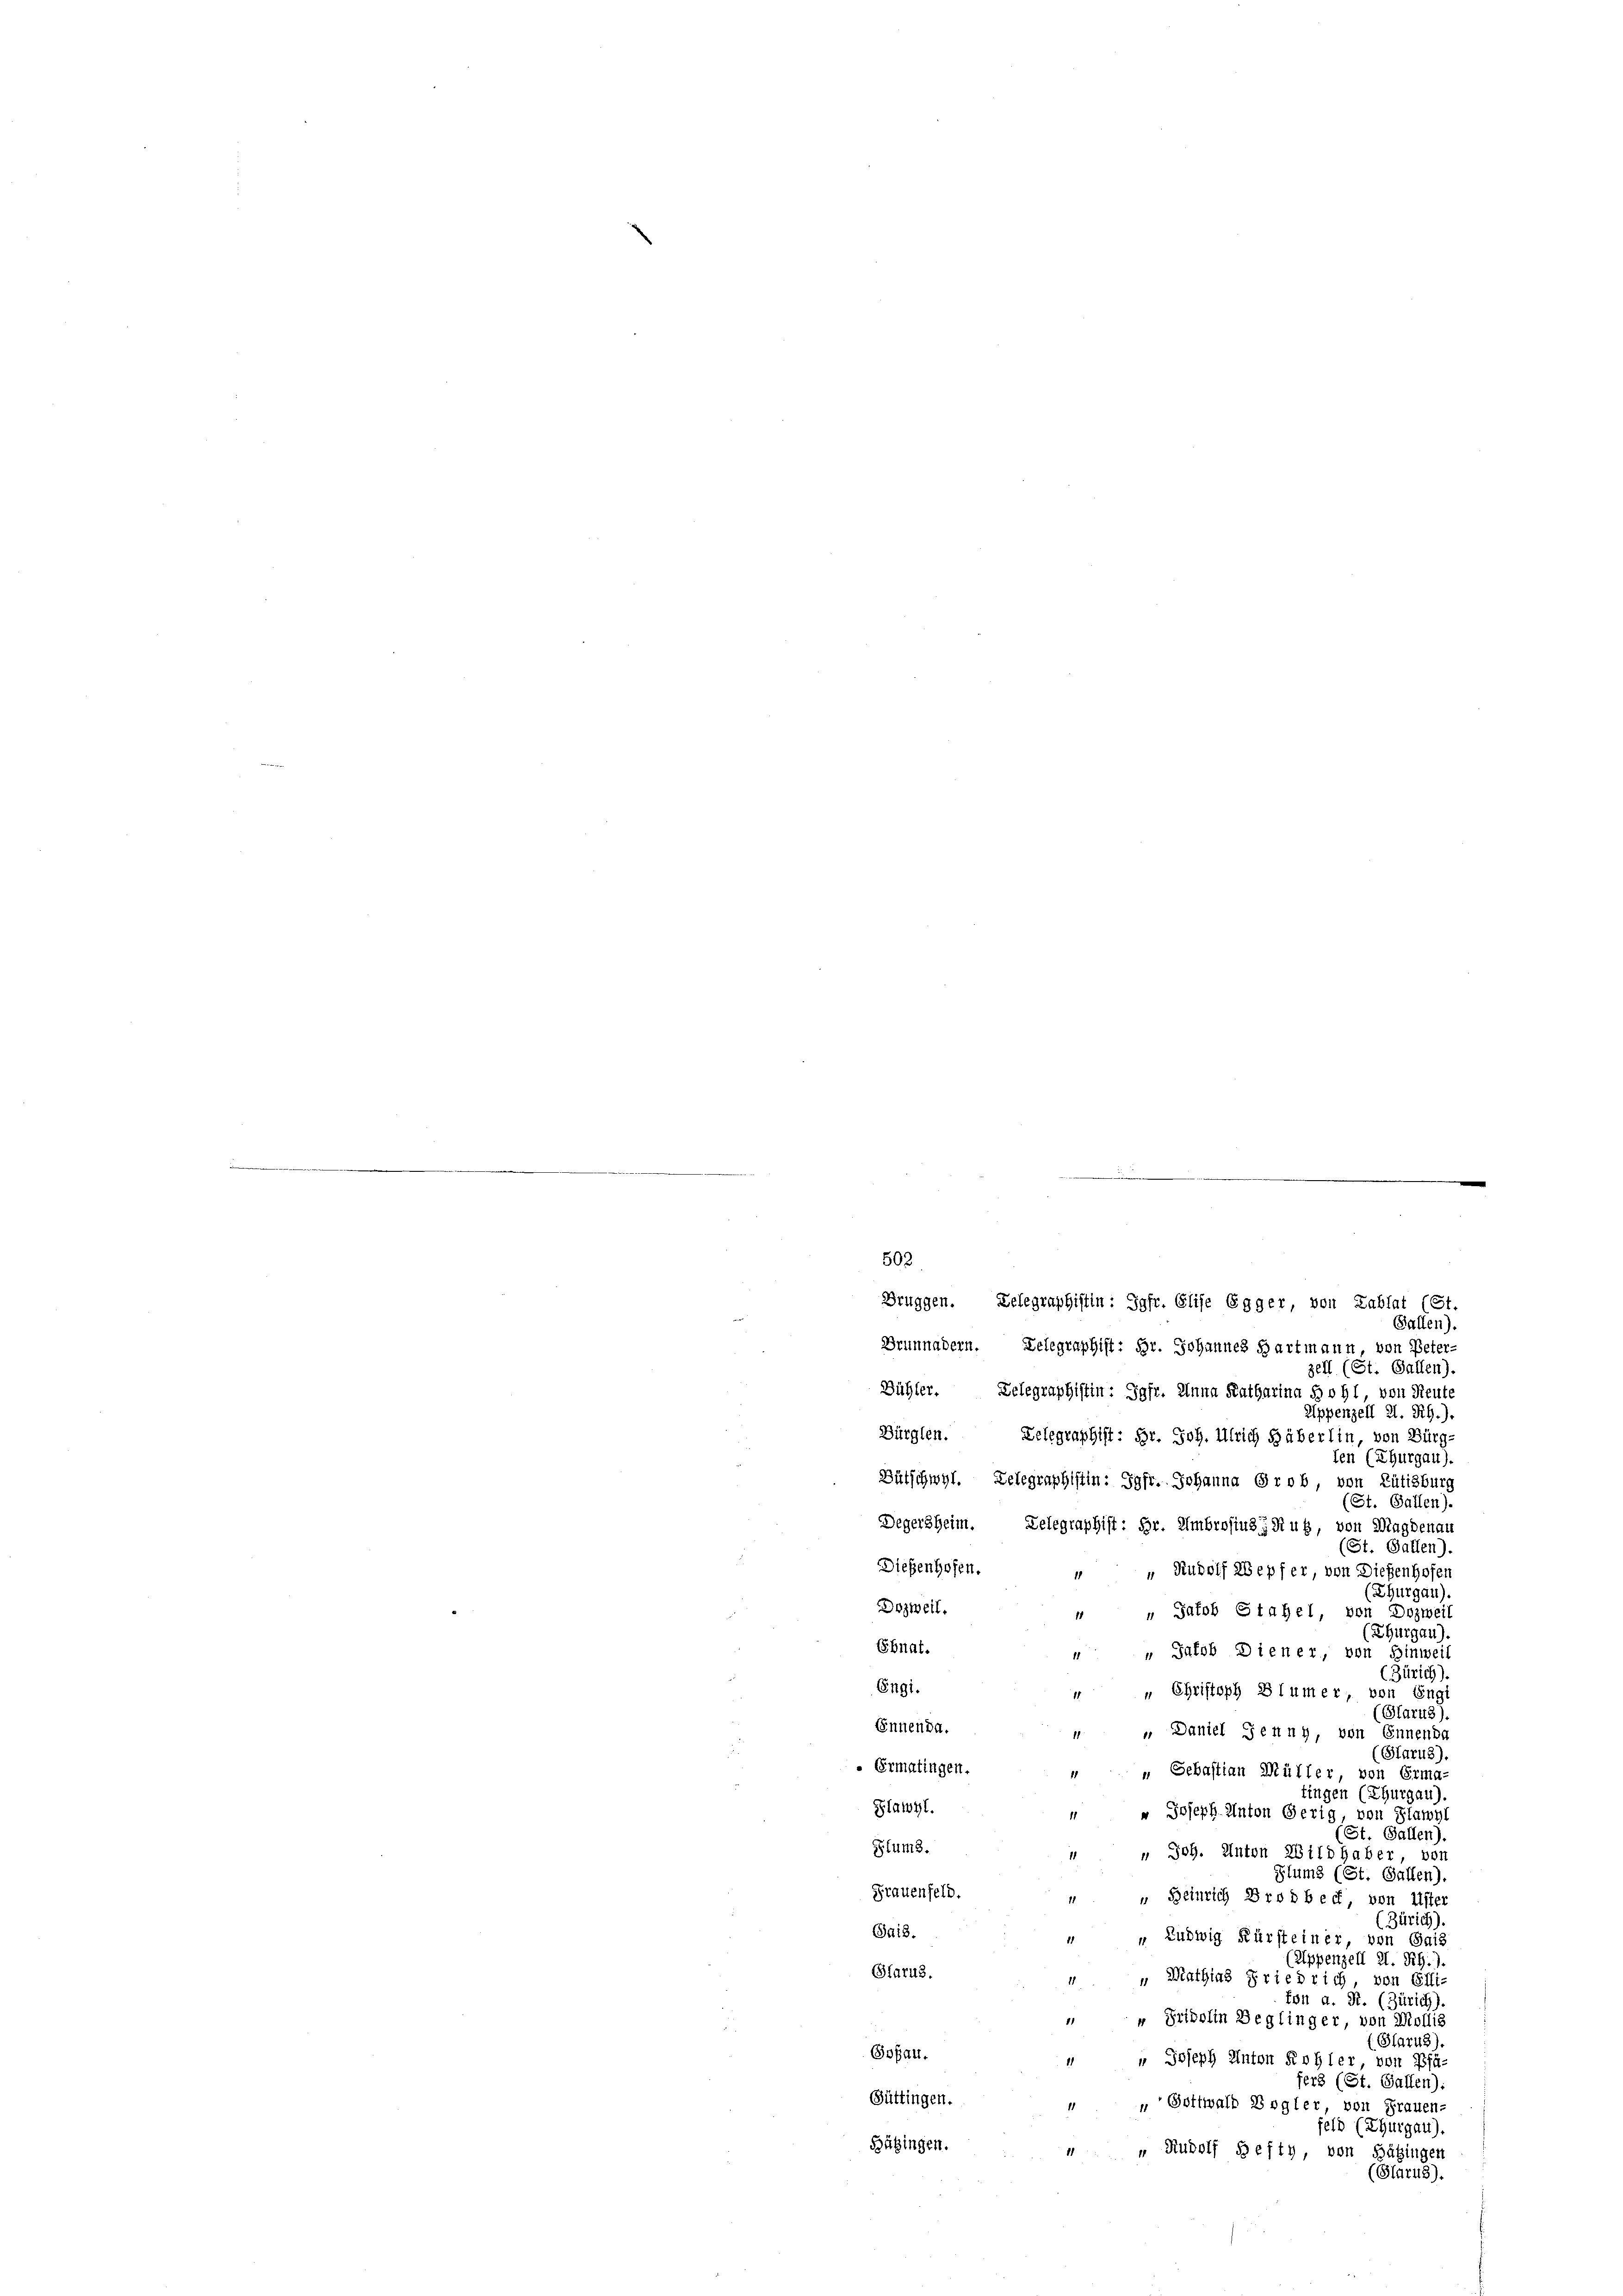
502
Bruggen. Delegraphistin: Jgfr. Elise Egger, von Lablat (St.
Gallen)
Brunnadern. Telegraphist: Hr. Johannes Hartmann, von Peter-
zell (St. Gallen)
Bühler. Delegraphistin: Jgfr. Anna Katharina Bohl, von Reute
Appenzell A. Rh.).
Bürglen. Delegraphist: Hr. Joh. Ulrich Häberlin, von Bürg-
len (Thurgau).
Bütschwyl. Telegraphistin: Jgfr. Johanna Grob, von Rütisburg
(St. Gallen).
Degersheim. Telegraphist: Hr. Ambrosius Ruh, von Magdenau
(St. Gallen).
Dießenhofen.
„ „Rudolf Wepfer, von Dießenhofen
(Thurgau).
Dozweil.
“ „ Jakob Stahel, von Dozweil
(Thurgau).
Ebnat.
 " Jakob Diener, von Hinweil
(Zürich).
Engi.
„ Christoph Blümer, von Engl
11
(Glarus)
Ennen da.
 Daniel Senny, von Ennenba
(Glarus).
 Ermatingen.
„ Sebastian Müller, von Erma
tingen (Thurgau),
Plawyl.
" Joseph Anton Gerig, von Flawyl
(St. Gallen),
Ptums.
 Joh. Anton Wildhaber vor
Glums (St. Gallen),
Frauenfeld.
" " Beinrich Brodbeck, von Uster
(Zürich).
Sais.
„ Ludwig Kürsteiner, von Gais
(Appenzell I. Rh.).
Glarus.
" " Mathias Friedrich von Effi-
ton a. St. (Zürich)
 " Fridolin Beglinger, von Mollis
(Glarus).
Goßau.
 Joseph Anton Kohler von Pfä-
fers (St. Gallen):
Büttingen.
" Gottwald Vogler, von Frauen-
feld (Thurgau).
Bübingen.
 “ Rudolf Befty, von Sätzingen
(Gfar48).